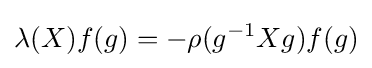
\lambda (X)f(g)=-\rho (g^{-1}Xg)f(g)